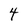
Character: 4